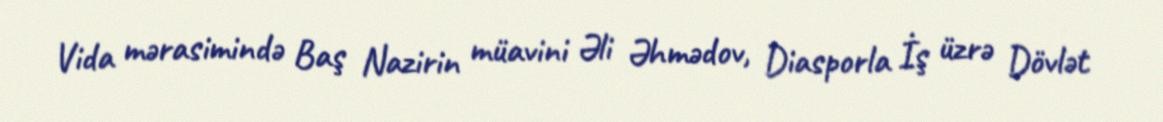
Vida mərasimində Baş Nazirin müavini Əli Əhmədov, Diasporla İş üzrə Dövlət